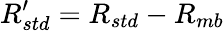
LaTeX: R_{std}^{\prime}=R_{std}-R_{mb}